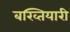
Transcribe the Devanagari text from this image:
बख्तियारी